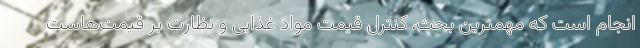
انجام است که مهمترین بحث، کنترل قیمت مواد غذایی و نظارت بر قیمت‌هاست